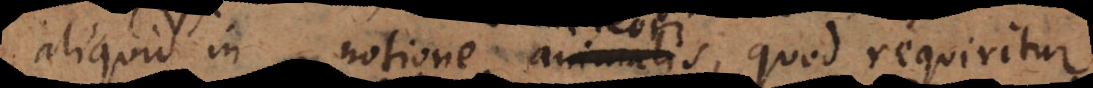
aliquid in notione animalis quod requiritur